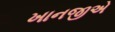
ખાનજીએ